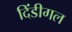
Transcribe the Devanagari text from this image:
दिंडीगल